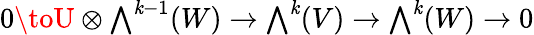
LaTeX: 0\toU\otimes{\textstyle\bigwedge}^{\mathit{k}-1}(W)\to{\textstyle\bigwedge}^{\mathit{k}}(V)\to{\textstyle\bigwedge}^{\mathit{k}}(W)\to0